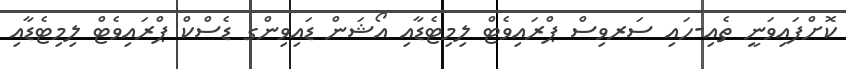
ކޮށްފައިވަނީ ތެއި-ހައި ސަރވިސް ޕްރައިވެޓް ލިމިޓެޑާއި އޯޝަން ޑައިވިންގ ޑެސްކް ޕްރައިވެޓް ލިމިޓެޑާއި